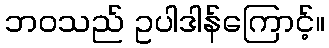
ဘဝသည် ဥပါဒါန်ကြောင့်။